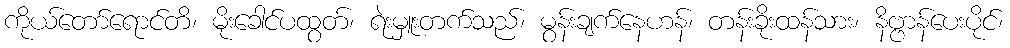
ကိုယ်တော်ရောင်တိ၊ မိုးခေါင်ပထွတ်၊ ရဲးမှူးတက်သည်၊ မွန်းချက်နေဟန်၊ တန်းခိုးထန်သား၊ နိဗ္ဗာန်ပေးပိုင်၊